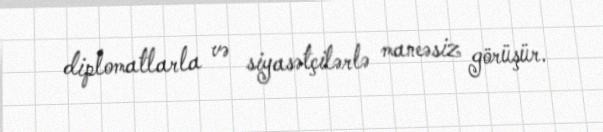
diplomatlarla və siyasətçilərlə maneəsiz görüşür.